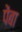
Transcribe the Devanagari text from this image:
पेंबा